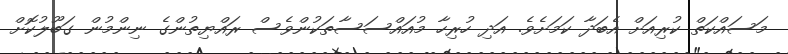
މަސައްކަތް ކުރިއަށް އެބަދާ ކަމަށެވެ. އަދި ހުރިހާ މުއައްސަސާތަކުންވެސް ރައްޔިތުންގެ ނިންމުން ގަބޫލުކޮށް